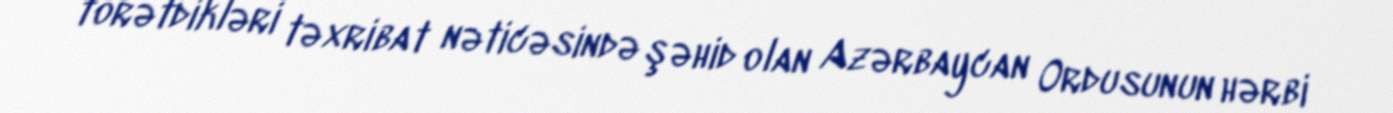
törətdikləri təxribat nəticəsində şəhid olan Azərbaycan Ordusunun hərbi